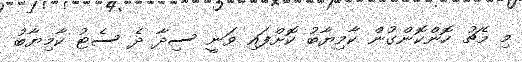
މި މެޗު ހޮންކޮންގުން ކާމިޔާބު ކޮށްފައި ވަނީ ސިދާ ދެ ސެޓު ކާމިޔާބު